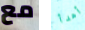
مع أهدأ